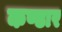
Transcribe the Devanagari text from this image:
कण्डार